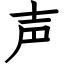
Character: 声